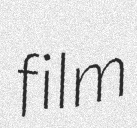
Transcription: film